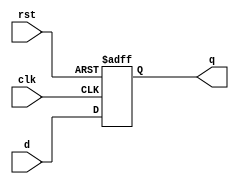
`timescale 1ns / 1ps
//////////////////////////////////////////////////////////////////////////////////
// Company: 
// Engineer: 
// 
// Design Name: 
// Module Name:    FFD 
// Project Name: 
// Target Devices: 
// Tool versions: 
// Description: 
//
// Dependencies: 
//
// Revision: 
// Revision 0.01 - File Created
// Additional Comments: 
//
//////////////////////////////////////////////////////////////////////////////////
module register_32b(
		    output reg [31:0] q,
		    input 	      clk,
		    input 	      rst,
		    input [31:0]      d);

always @(posedge rst, posedge clk) begin
	if(rst==1'b1)
		  q <= {32{1'b0}};
	else begin
		  q <= d;
	end
end

endmodule